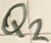
Text: Q2